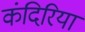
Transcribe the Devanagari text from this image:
कंदिरिया